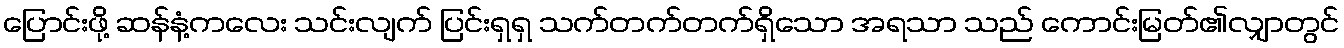
ပြောင်းဖို့ ဆန်နံ့ကလေး သင်းလျက် ပြင်းရှရှ သက်တက်တက်ရှိသော အရသာ သည် ကောင်းမြတ်၏လျှာတွင်